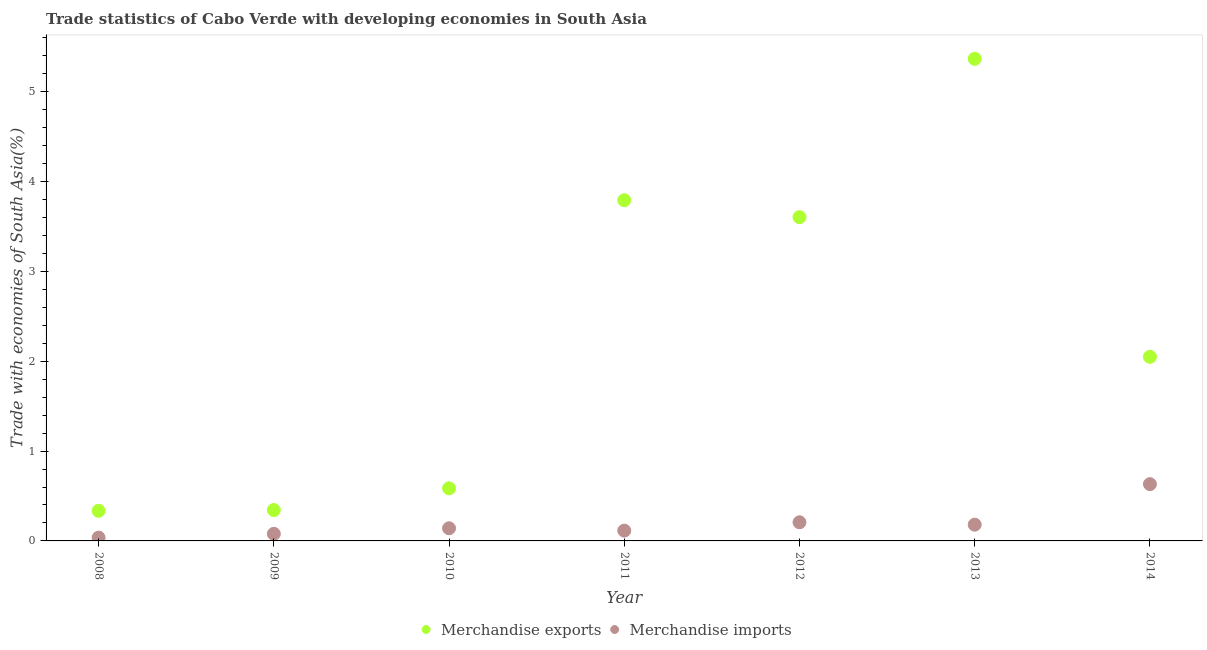
| Year | Merchandise exports | Merchandise imports |
 | --- | --- | --- |
 | 2008 | 0.335 | 0.0366 |
 | 2009 | 0.344 | 0.0793 |
 | 2010 | 0.585 | 0.141 |
 | 2011 | 3.79 | 0.115 |
 | 2012 | 3.6 | 0.207 |
 | 2013 | 5.37 | 0.181 |
 | 2014 | 2.05 | 0.632 |